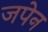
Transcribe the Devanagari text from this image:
जपेन